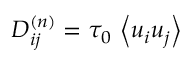
D _ { i j } ^ { ( n ) } = \tau _ { 0 } \, \left\langle u _ { i } u _ { j } \right\rangle